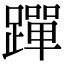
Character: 䠤